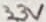
Text: 33V